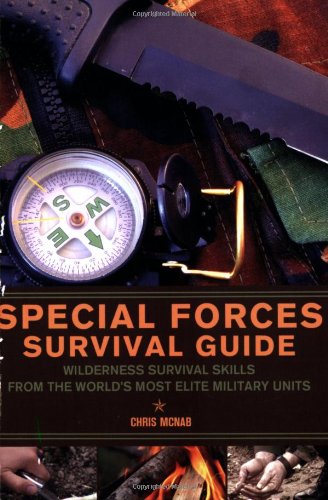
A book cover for Special Forces Survival Guide: Wilderness Survival Skills from the World's Most Elite Military Units; Chris McNab; Sports & Outdoors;